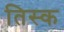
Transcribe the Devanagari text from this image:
तिस्क